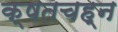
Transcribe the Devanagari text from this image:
क्षतचह्न